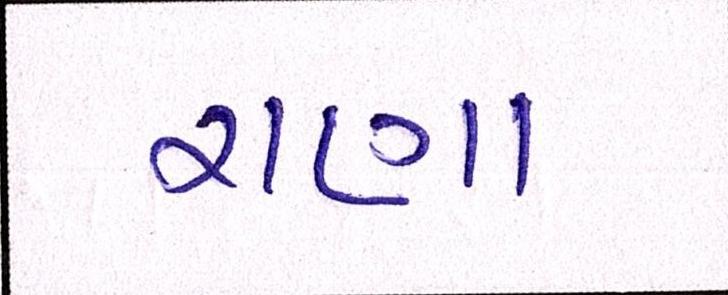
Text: રાણા